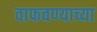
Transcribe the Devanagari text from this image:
वाफवण्याच्या